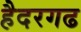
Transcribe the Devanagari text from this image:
हैदरगढ